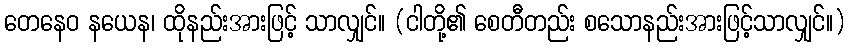
တေနေဝ နယေန၊ ထိုနည်းအားဖြင့် သာလျှင်။ (ငါတို့၏ စေတီတည်း စသောနည်းအားဖြင့်သာလျှင်။)